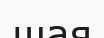
шая